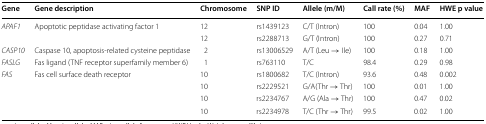
| Gene | Gene description | Chromosome | SNP ID | Allele (m/M) | Call rate (%) | MAF | HWE p value |
 | --- | --- | --- | --- | --- | --- | --- | --- |
 | <ROWSPAN=2> APAF1 | <ROWSPAN=2> Apoptotic peptidase activating factor 1 | 12 | rs1439123 | C/T (Intron) | 100 | 0.04 | 1.00 |
 | 12 | rs2288713 | G/T (Intron) | 100 | 0.27 | 0.71 |
 | CASP10 | Caspase 10, apoptosis-related cysteine peptidase | 2 | rs13006529 | A/T (Leu → Ile) | 100 | 0.18 | 1.00 |
 | FASLG | Fas ligand (TNF receptor superfamily member 6) | 1 | rs763110 | T/C | 98.4 | 0.29 | 0.98 |
 | <ROWSPAN=4> FAS | <ROWSPAN=4> Fas cell surface death receptor | 10 | rs1800682 | T/C (Intron) | 93.6 | 0.48 | 0.002 |
 | 10 | rs2229521 | G/A(Thr → Thr) | 100 | 0.01 | 1.00 |
 | 10 | rs2234767 | A/G (Ala → Thr) | 100 | 0.47 | 0.02 |
 | 10 | rs2234978 | T/C (Thr → Thr) | 99.5 | 0.02 | 1.00 |